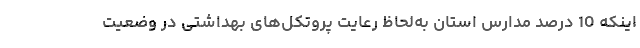
اینکه 10 درصد مدارس استان به‌لحاظ رعایت پروتکل‌های بهداشتی در وضعیت